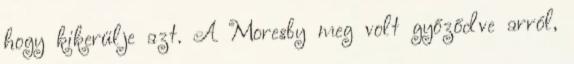
hogy kikerülje azt. A Moresby meg volt győződve arról,